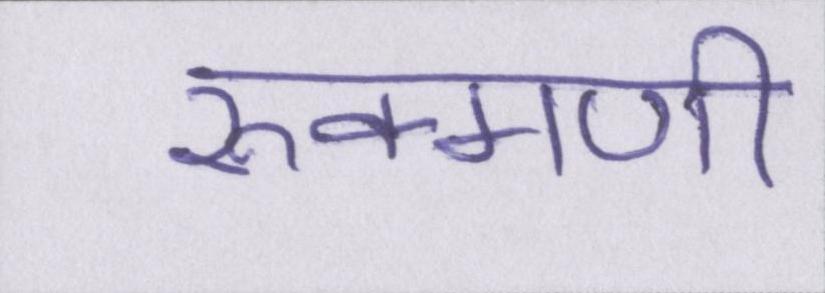
रुक्मणी